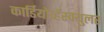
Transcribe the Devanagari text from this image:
कार्डियोव्हॅस्क्युलर